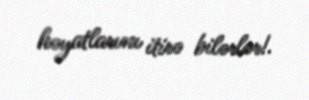
həyatlarını itirə bilərlər!.